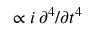
\propto i \, \partial ^ { 4 } / \partial t ^ { 4 }